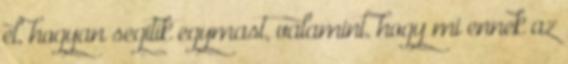
el, hogyan segitik egymast, valamint, hogy mi ennek az